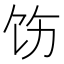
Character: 饬